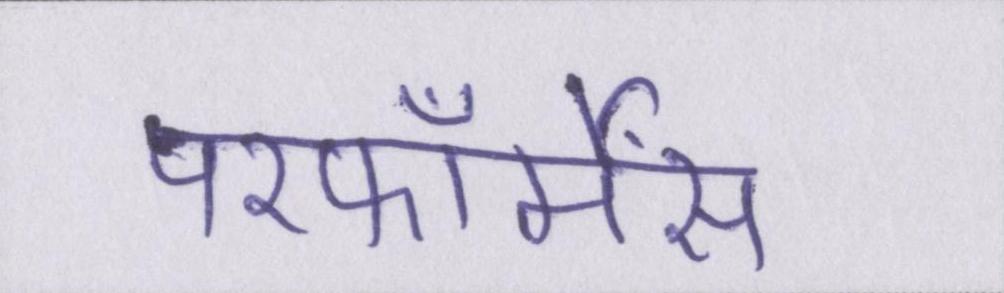
परफॉर्मेंस